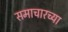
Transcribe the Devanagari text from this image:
समाचारच्या